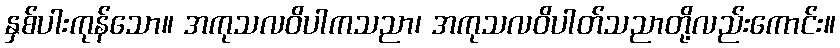
နှစ်ပါးကုန်သော။ အကုသလဝိပါကသညာ၊ အကုသလဝိပါတ်သညာတို့လည်းကောင်း။